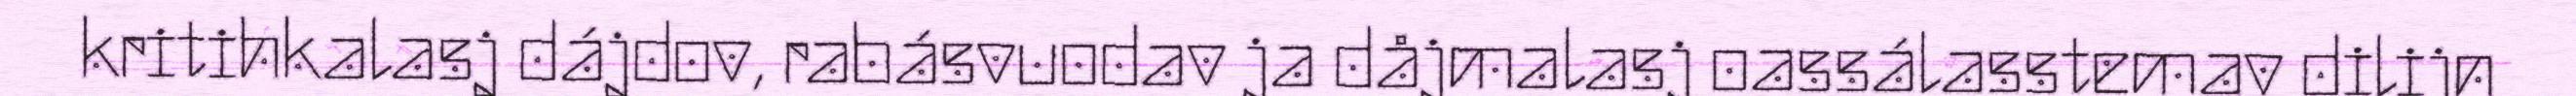
kritihkalasj dájdov, rabásvuodav ja dåjmalasj oassálasstemav dilijn